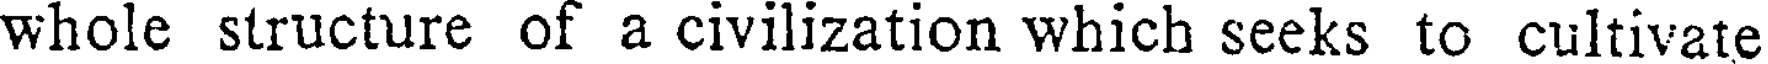
whole structure of a civilization which seeks to cultivate